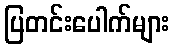
ပြတင်းပေါက်များ